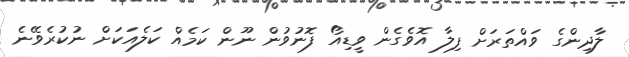
ލާދިންގެ ވައްތަރަށް ފިލާ އޮވެގެން ވީޑިއޯ ފޮނުވުން ނޫން ކަމެއް ކަލެއަކަށް ނުކުރެވޭނެ